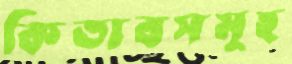
কিতাবসমূহ